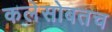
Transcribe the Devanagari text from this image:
कलेसोबतच